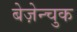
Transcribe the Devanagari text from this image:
बेज़ेन्चुक